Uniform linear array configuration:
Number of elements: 8
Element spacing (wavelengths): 0.75
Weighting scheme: binomial
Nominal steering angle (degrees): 60
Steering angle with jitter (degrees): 61.282
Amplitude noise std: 0.05
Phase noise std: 0.05

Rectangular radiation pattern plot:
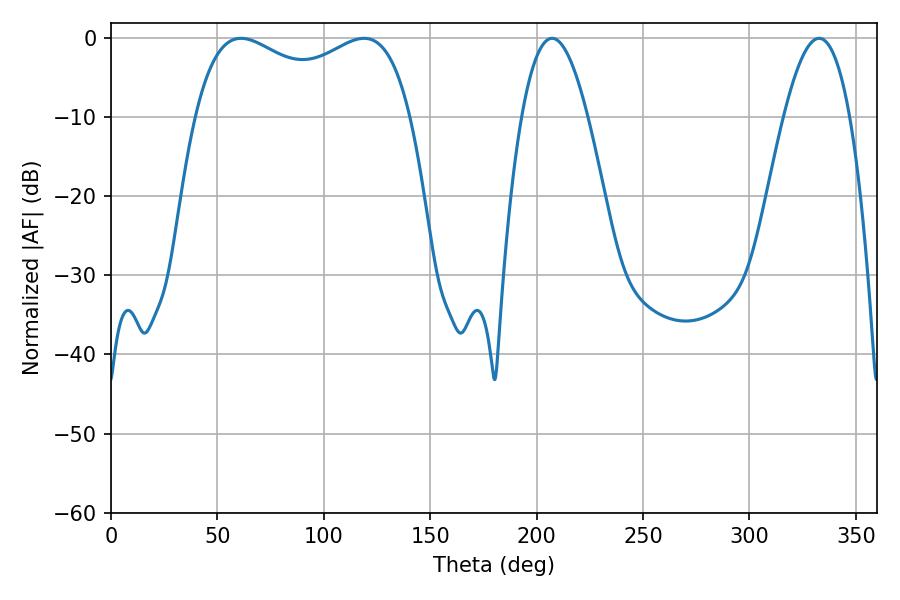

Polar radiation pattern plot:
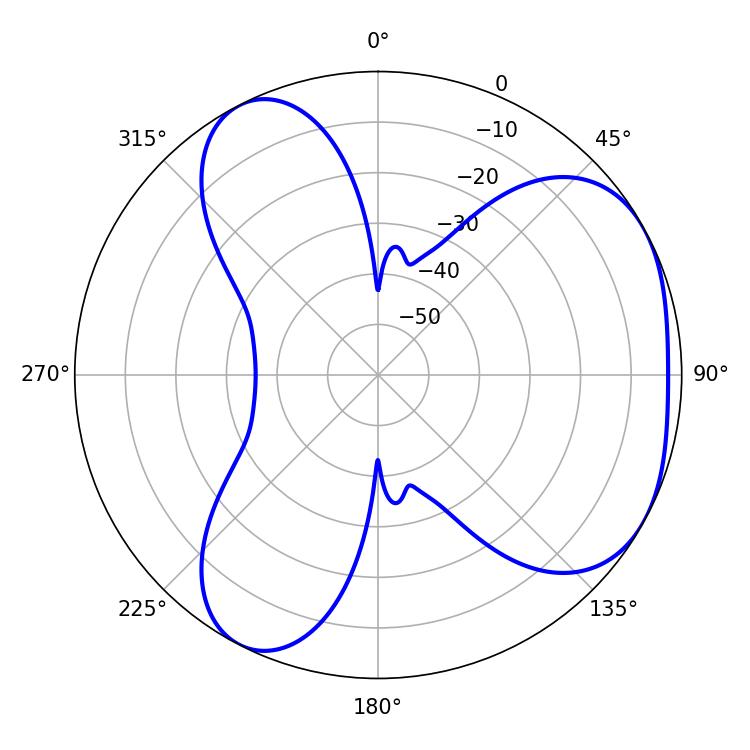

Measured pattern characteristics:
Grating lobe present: TRUE
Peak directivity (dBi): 4.075
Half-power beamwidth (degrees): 83.88
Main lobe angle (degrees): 61.02